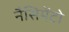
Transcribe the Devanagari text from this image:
नैसिमेंटो